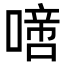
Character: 𠽜